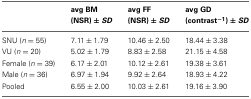
|  | avg BM | avg FF | avg GD |
 |  | (NSR) ± SD | (NSR) ± SD | (contrast−1) ± SD |
 | --- | --- | --- | --- |
 | SNU (n = 55) | 7.11 ± 1.79 | 10.46 ± 2.50 | 18.44 ± 3.38 |
 | VU (n = 20) | 5.02 ± 1.79 | 8.83 ± 2.58 | 21.15 ± 4.58 |
 | Female (n = 39) | 6.17 ± 2.01 | 10.12 ± 2.61 | 19.38 ± 3.61 |
 | Male (n = 36) | 6.97 ± 1.94 | 9.92 ± 2.64 | 18.93 ± 4.22 |
 | Pooled | 6.55 ± 2.00 | 10.03 ± 2.61 | 19.16 ± 3.90 |